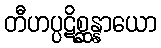
တီဟပ္ပဋိစ္ဆန္နာယော